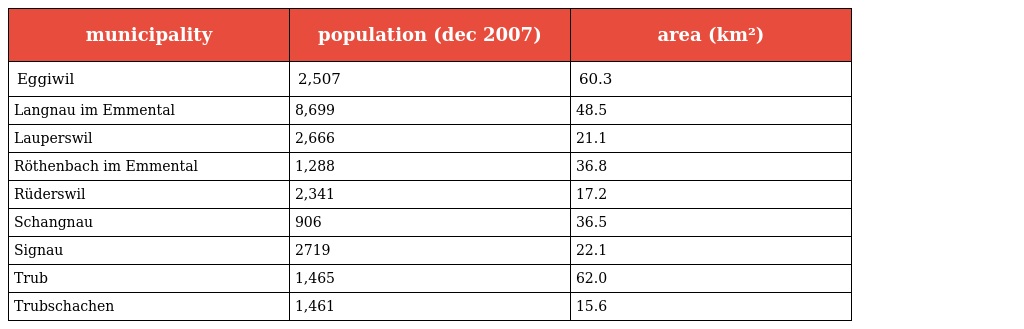
| municipality | population (dec 2007) | area (km²) |
 | --- | --- | --- |
 | Eggiwil | 2,507 | 60.3 |
 | Langnau im Emmental | 8,699 | 48.5 |
 | Lauperswil | 2,666 | 21.1 |
 | Röthenbach im Emmental | 1,288 | 36.8 |
 | Rüderswil | 2,341 | 17.2 |
 | Schangnau | 906 | 36.5 |
 | Signau | 2719 | 22.1 |
 | Trub | 1,465 | 62.0 |
 | Trubschachen | 1,461 | 15.6 |